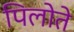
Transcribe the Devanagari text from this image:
पिलोते